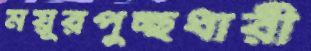
ময়ূরপুচ্ছধারী